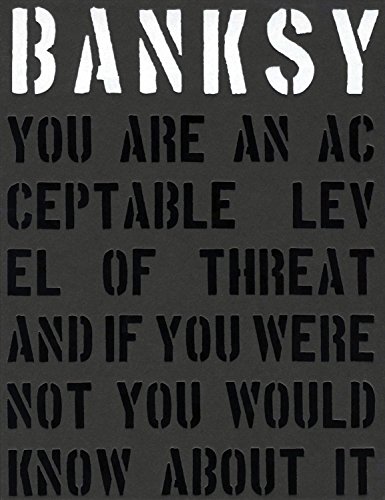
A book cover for Banksy. You are an Acceptable Level of Threat and If You Were Not You Would Know About it; Patrick Potter; Humor & Entertainment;